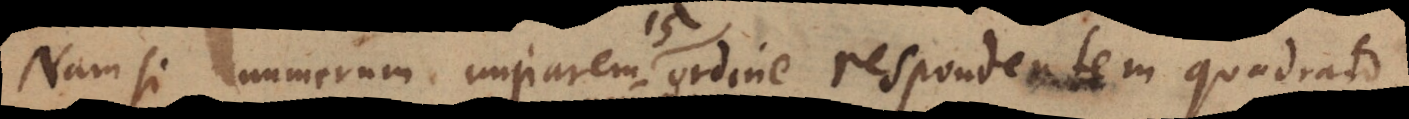
Nam si numerum imparem ordine respondentem quadrato